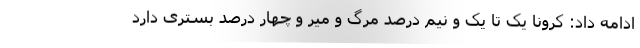
ادامه داد: کرونا یک تا یک و نیم درصد مرگ و میر و چهار درصد بستری دارد